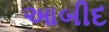
આબીદ